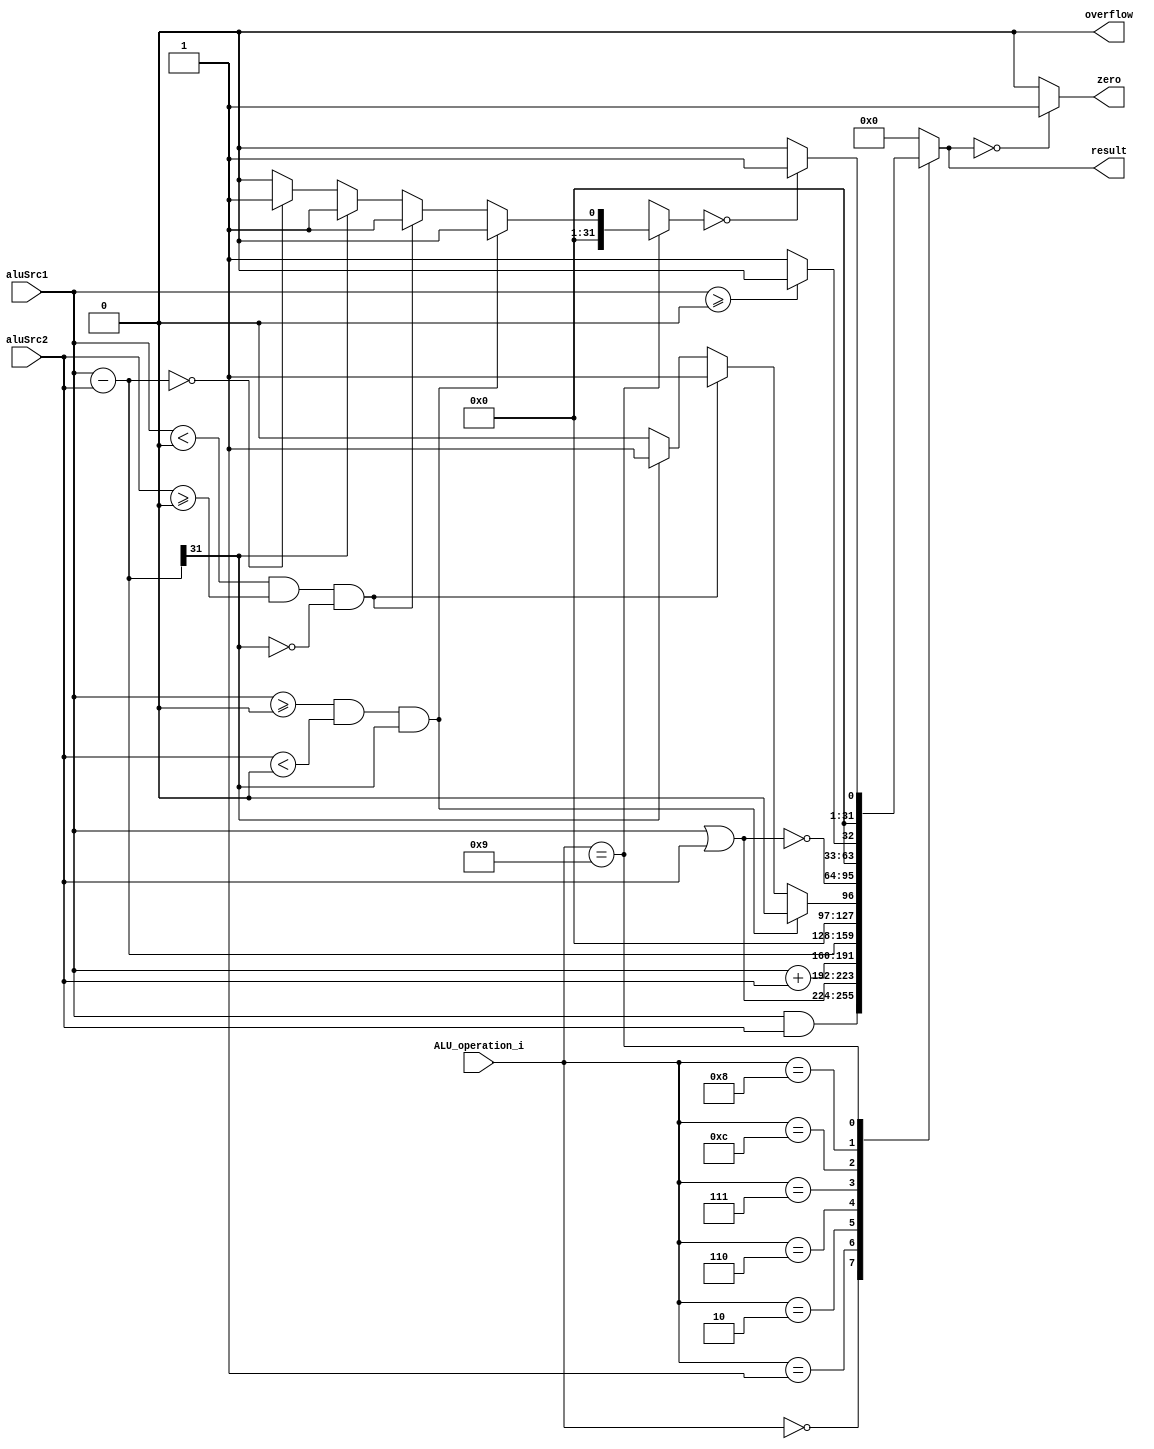
module ALU( aluSrc1, aluSrc2, ALU_operation_i, result, zero, overflow );

//I/O ports 
input	[32-1:0] aluSrc1;
input	[32-1:0] aluSrc2;
input	 [4-1:0] ALU_operation_i;

output	[32-1:0] result;
output			 zero;
output			 overflow;

//Internal Signals
wire			 zero;
wire			 overflow;
wire	[32-1:0] result;

//Main function
/*your code here*/
assign overflow = 0;
reg [32-1:0] result1;
reg overflow1 = 0;

always@(aluSrc1, aluSrc2, ALU_operation_i) 
begin
	//$display("alusrc1: %d alusrc2: %d ALU_operation_i:%b",aluSrc1, aluSrc2, ALU_operation_i);
  case(ALU_operation_i)
    4'b0000: result1 = aluSrc1 & aluSrc2;//and
    4'b0001: result1 = aluSrc1 | aluSrc2;//or
    4'b0010: 
      begin
	result1 = aluSrc1 + aluSrc2;//add
	if(aluSrc1 >= 0 && aluSrc2 >= 0 && result1[31] == 1)//p + p = n
	  overflow1 = 1;
	else if(aluSrc1 < 0 && aluSrc2 < 0 && result1[31] == 0)//n + n = p
	  overflow1 = 1;
      end
    4'b0110:
      begin 
	result1 = aluSrc1 - aluSrc2;//sub
	if(aluSrc1 >= 0 && aluSrc2 < 0 && result1[31] == 1)//p - n = n
	  overflow1 = 1;
	else if(aluSrc1 < 0 && aluSrc2 >= 0 && result1[31] == 0)//n - p = p
	  overflow1 = 1;
	 //$display("aluSrc1: %d, aluSrc2: %d, result: %d", aluSrc1, aluSrc2,result1);
      end
    4'b0111: 
      begin
	result1 = aluSrc1 - aluSrc2; //slt
	if(aluSrc1 >= 0 && aluSrc2 < 0 && result1[31] == 1)//p - n = n
	  result1 = 0;
	else if(aluSrc1 < 0 && aluSrc2 >= 0 && result1[31] == 0)//n - p = p
	  result1 = 1;
	else if(result1[31] == 1) 
	  result1 = 1;
	else
	  result1 = 0;
	//$display("aluSrc1: %d, aluSrc2: %d, result: %d", aluSrc1, aluSrc2,result1);
      end
    4'b1100: result1 = ~(aluSrc1 | aluSrc2);//nor
	4'b1000: 
	 begin
	result1 = ($signed(aluSrc1) >= 0) ? 0 : 1; //sget: if greater or equal 0, result = 0
      end
	4'b1001: 
	 begin
	result1 = aluSrc1 - aluSrc2; //slt': result = 1 if rs < rt
	if(aluSrc1 >= 0 && aluSrc2 < 0 && result1[31] == 1)//p - n = n
	  result1 = 0;
	else if(aluSrc1 < 0 && aluSrc2 >= 0 && result1[31] == 0)//n - p = p
	  result1 = 1;
	else if(result1[31] == 1) 
	  result1 = 1;
	else if(result1 == 0)
	  result1 = 1;
	else
	  result1 = 0;
	result1 = (result1 == 0) ? 1 : 0;
      end
    default: result1 = 0;
  endcase
end

assign result = result1;
assign overflow = overflow1;
assign zero = (result == 0) ? 1 : 0;//zero is 1 if result is 0
/*always@(*)
begin
    $display("result: %d", result);
	$display("zero: %d", zero);
end*/
endmodule